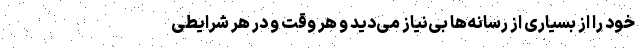
خود را از بسیاری از رسانه‌ها بی‌نیاز می‌دید و هر وقت و در هر شرایطی